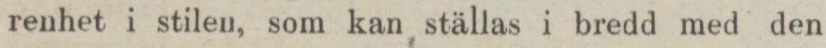
renhet i stilen, som kan ställas i bredd med den